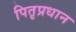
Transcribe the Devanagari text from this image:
पितृप्रधान